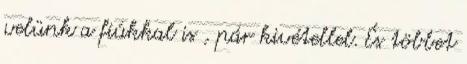
velünk a fiúkkal is , pár kivétellel. És többet